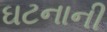
ઘટનાની